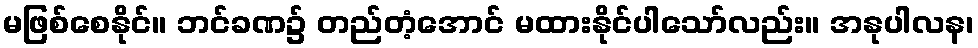
မဖြစ်စေနိုင်။ ဘင်ခဏ၌ တည်တံ့အောင် မထားနိုင်ပါသော်လည်း။ အနုပါလန၊